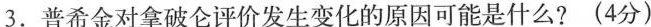
3.普希金对拿破仑评价发生变化的原因可能是什么?(4分)